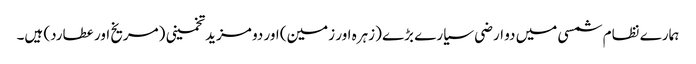
ہمارے نظام شمسی میں دو ارضی سیارے بڑے (زہرہ اور زمین) اور دو مزید تخمینی (مریخ اور عطارد) ہیں۔